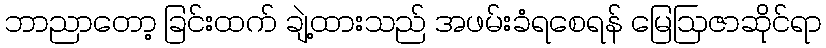
ဘာညာတော့ ခြင်းထက် ချဲ့ထားသည် အဖမ်းခံရစေရန် မြေဩဇာဆိုင်ရာ